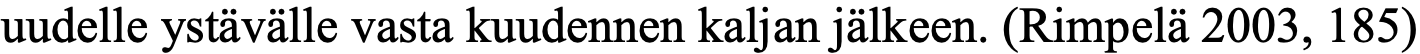
uudelle ystävälle vasta kuudennen kaljan jälkeen. (Rimpelä 2003, 185)